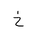
Letter: _kha